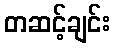
တဆင့်ချင်း